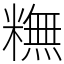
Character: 𥼣